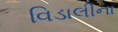
વિડાલીના